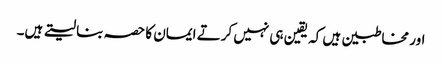
اور مخاطبین ہیں کہ یقین ہی نہیں کرتے ایمان کا حصہ بنا لیتے ہیں۔